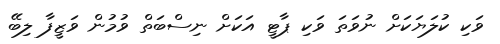
ވަކި ކުލަޔަކަށް ނުވަތަ ވަކި ޕާޓީ އަކަށް ނިސްބަތް ވުމުން ވަޒީފާ ލިބޭ